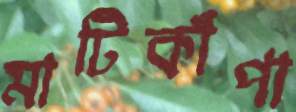
মাটিকাঁপা